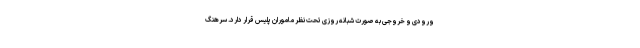
ورودی و خروجی به صورت شبانه روزی تحت نظر ماموران پلیس قرار دارد. سرهنگ